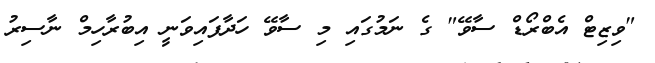
"ވިޒިޓް އެބްރޯޑް ސާވޭ" ގެ ނަމުގައި މި ސާވޭ ހަދާފައިވަނީ އިބުރާހިމް ނާސިރު